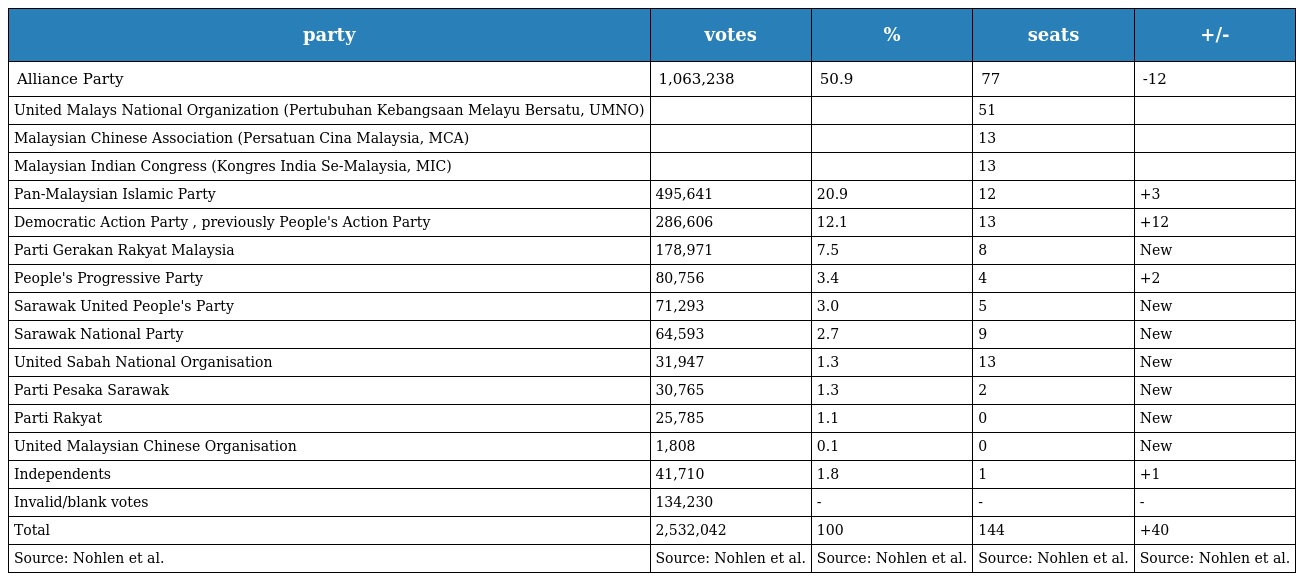
| party | votes | % | seats | +/- |
 | --- | --- | --- | --- | --- |
 | Alliance Party | 1,063,238 | 50.9 | 77 | -12 |
 | United Malays National Organization (Pertubuhan Kebangsaan Melayu Bersatu, UMNO) |  |  | 51 |  |
 | Malaysian Chinese Association (Persatuan Cina Malaysia, MCA) |  |  | 13 |  |
 | Malaysian Indian Congress (Kongres India Se-Malaysia, MIC) |  |  | 13 |  |
 | Pan-Malaysian Islamic Party | 495,641 | 20.9 | 12 | +3 |
 | Democratic Action Party , previously People's Action Party | 286,606 | 12.1 | 13 | +12 |
 | Parti Gerakan Rakyat Malaysia | 178,971 | 7.5 | 8 | New |
 | People's Progressive Party | 80,756 | 3.4 | 4 | +2 |
 | Sarawak United People's Party | 71,293 | 3.0 | 5 | New |
 | Sarawak National Party | 64,593 | 2.7 | 9 | New |
 | United Sabah National Organisation | 31,947 | 1.3 | 13 | New |
 | Parti Pesaka Sarawak | 30,765 | 1.3 | 2 | New |
 | Parti Rakyat | 25,785 | 1.1 | 0 | New |
 | United Malaysian Chinese Organisation | 1,808 | 0.1 | 0 | New |
 | Independents | 41,710 | 1.8 | 1 | +1 |
 | Invalid/blank votes | 134,230 | - | - | - |
 | Total | 2,532,042 | 100 | 144 | +40 |
 | Source: Nohlen et al. | Source: Nohlen et al. | Source: Nohlen et al. | Source: Nohlen et al. | Source: Nohlen et al. |